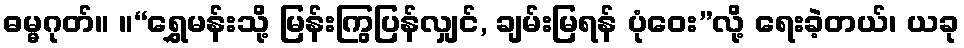
ဓမ္မဂုတ်။ ။“ရွှေမန်းသို့ မြန်းကြွပြန်လျှင်, ချမ်းမြရန် ပုံဝေး”လို့ ရေးခဲ့တယ်၊ ယခု